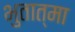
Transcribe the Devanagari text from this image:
भुतात्मा